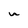
Character: u